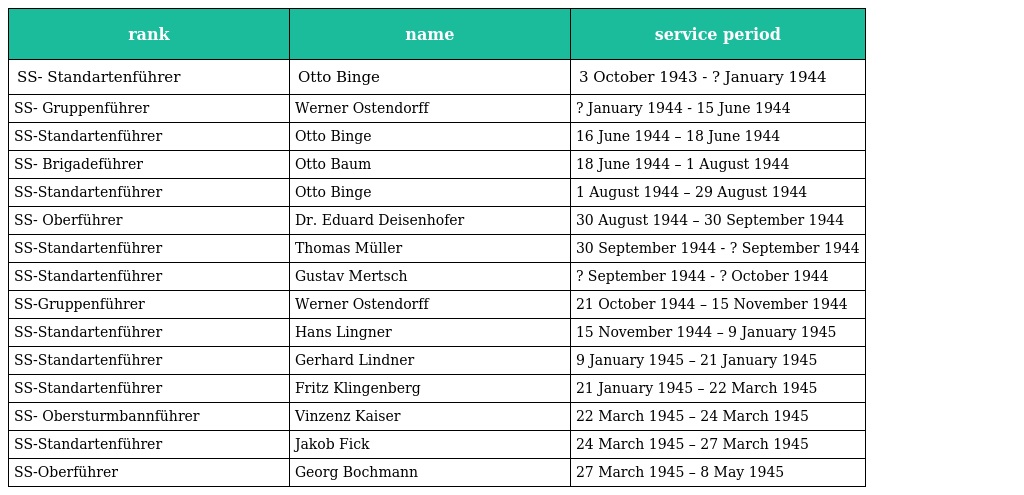
| rank | name | service period |
 | --- | --- | --- |
 | SS- Standartenführer | Otto Binge | 3 October 1943 - ? January 1944 |
 | SS- Gruppenführer | Werner Ostendorff | ? January 1944 - 15 June 1944 |
 | SS-Standartenführer | Otto Binge | 16 June 1944 – 18 June 1944 |
 | SS- Brigadeführer | Otto Baum | 18 June 1944 – 1 August 1944 |
 | SS-Standartenführer | Otto Binge | 1 August 1944 – 29 August 1944 |
 | SS- Oberführer | Dr. Eduard Deisenhofer | 30 August 1944 – 30 September 1944 |
 | SS-Standartenführer | Thomas Müller | 30 September 1944 - ? September 1944 |
 | SS-Standartenführer | Gustav Mertsch | ? September 1944 - ? October 1944 |
 | SS-Gruppenführer | Werner Ostendorff | 21 October 1944 – 15 November 1944 |
 | SS-Standartenführer | Hans Lingner | 15 November 1944 – 9 January 1945 |
 | SS-Standartenführer | Gerhard Lindner | 9 January 1945 – 21 January 1945 |
 | SS-Standartenführer | Fritz Klingenberg | 21 January 1945 – 22 March 1945 |
 | SS- Obersturmbannführer | Vinzenz Kaiser | 22 March 1945 – 24 March 1945 |
 | SS-Standartenführer | Jakob Fick | 24 March 1945 – 27 March 1945 |
 | SS-Oberführer | Georg Bochmann | 27 March 1945 – 8 May 1945 |